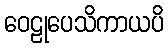
ဝေဠုပေသိကာယပိ